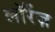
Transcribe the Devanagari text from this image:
लॉरेंज़